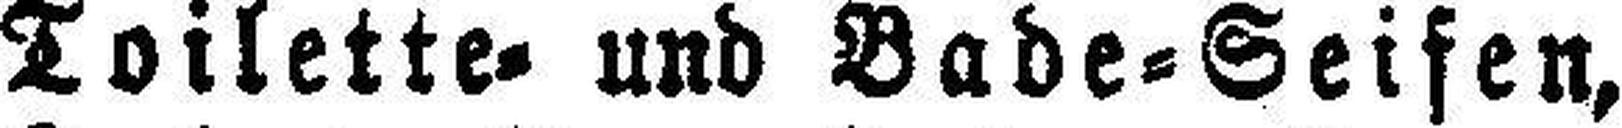
Toilette= und Bade=Seifen,